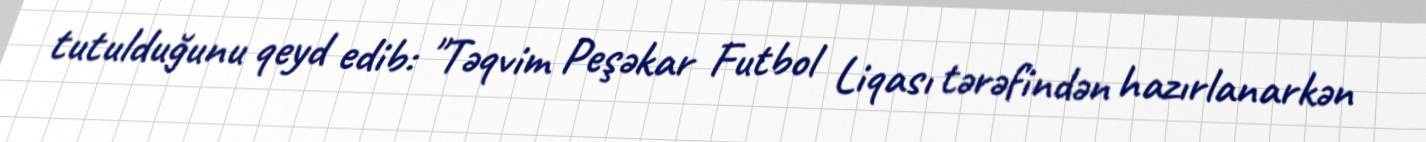
tutulduğunu qeyd edib: "Təqvim Peşəkar Futbol Liqası tərəfindən hazırlanarkən